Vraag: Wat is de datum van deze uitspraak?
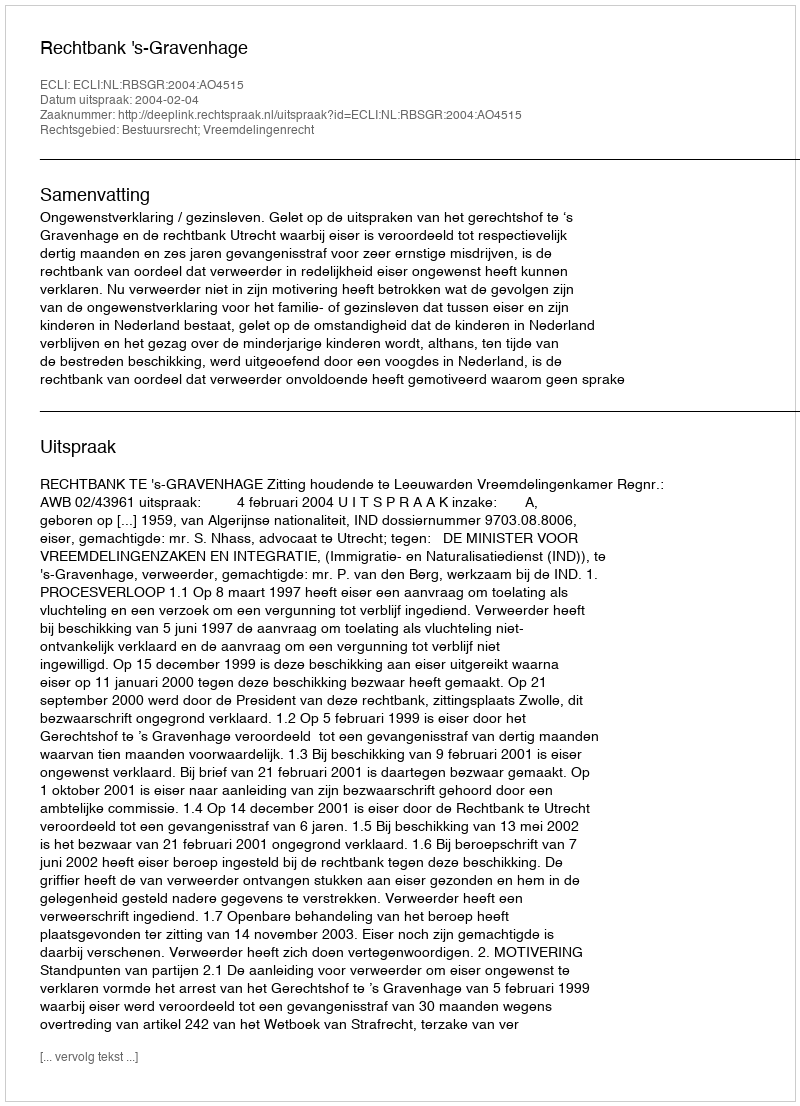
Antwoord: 2004-02-04